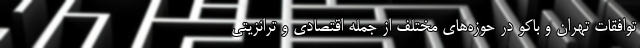
توافقات تهران و باکو در حوزه‌های مختلف از جمله اقتصادی و ترانزیتی